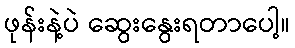
ဖုန်းနဲ့ပဲ ဆွေးနွေးရတာပေါ့။